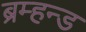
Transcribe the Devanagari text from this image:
ब्रम्हन्ड